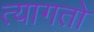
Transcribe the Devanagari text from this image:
त्यागतो